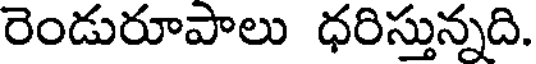
రెండురూపాలు ధరిస్తున్నది.